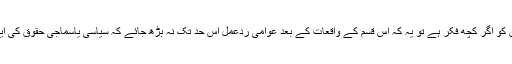
سول اور عسکری سکیورٹی اداروں کو اگر کچھ فکر ہے تو یہ کہ اس قسم کے واقعات کے بعد عوامی ردعمل اس حد تک نہ بڑھ جائے کہ سیاسی یاسماجی حقوق کی ایک تحریک کی شکل اختیار کرلے۔